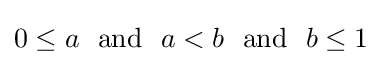
0\leq a~~\mathrm {and} ~~a<b~~\mathrm {and} ~~b\leq 1